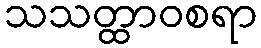
သသတ္ထာဝစရာ